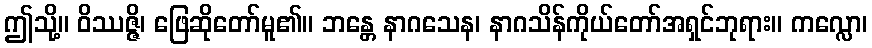
ဤသို့။ ဝိဿဇ္ဇိ၊ ဖြေဆိုတော်မူ၏။ ဘန္တေ နာဂသေန၊ နာဂသိန်ကိုယ်တော်အရှင်ဘုရား။ ကလ္လော၊